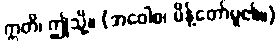
ဣတိ၊ ဤသို့။ (အဝေါစ၊ မိန့်တော်မူ၏။)